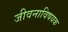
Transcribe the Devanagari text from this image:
जीवनाविषयक